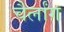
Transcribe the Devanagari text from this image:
चैर्लांग